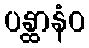
ပန္ထာနံဝ